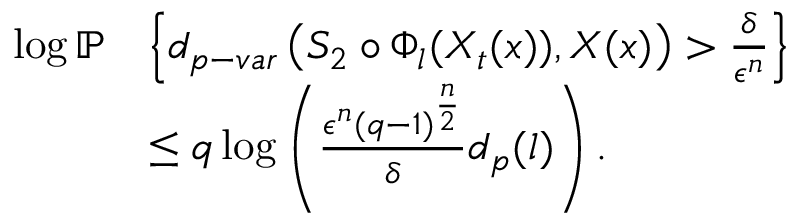
\begin{array} { r l } { \log \mathbb { P } } & { \left\{ d _ { p - v a r } \left( S _ { 2 } \circ \Phi _ { l } ( X _ { t } ( x ) ) , \boldsymbol { X } ( x ) \right) > \frac { \delta } { \epsilon ^ { n } } \right\} } \\ & { \leq q \log \left( \frac { \epsilon ^ { n } ( q - 1 ) ^ { \frac { n } { 2 } } } { \delta } d _ { p } ( l ) \right) . } \end{array}